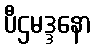
ပီဌမဒ္ဒနော